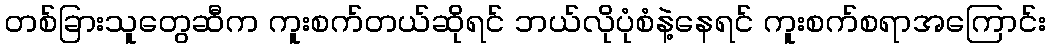
တစ်ခြားသူတွေဆီက ကူးစက်တယ်ဆိုရင် ဘယ်လိုပုံစံနဲ့နေရင် ကူးစက်စရာအကြောင်း